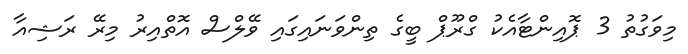
މިވަގުތު 3 ޕޮއިންޓާއެކު ގްރޫޕް ބީގެ ތިންވަނައިގައި ވޭލްސް އޮތްއިރު މިރޭ ރަޝިއާ